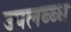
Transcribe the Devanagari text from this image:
उपलब्ब्ध